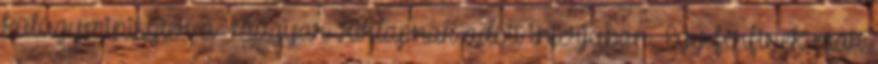
külügyminiszter a Magyar Hírlapnak adott interjúban. Egy férfinek már